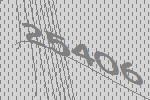
25406